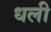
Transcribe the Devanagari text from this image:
धली